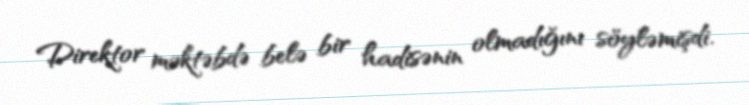
Direktor məktəbdə belə bir hadisənin olmadığını söyləmişdi.